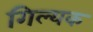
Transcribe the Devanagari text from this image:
गिल्यक